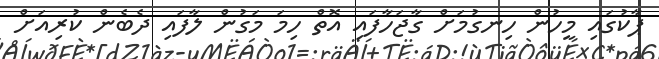
ޕާކުގައި މީހުން ހިނގުމަށް ގާޖަހާފައި އޮތް ހިމަ މަގުން ލާފައި ދެބެން ކުރިއަށް